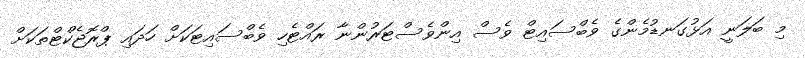
މި ބަލަނީ އަޅުގަނޑުމެންގެ ވެބްސައިޓް ވެސް އިންވެސްޓަރުންނާ ރައްޓެހި ވެބްސައިޓަކަށް ހަދައި ޕްރޮޖެކްޓްތަކަށް